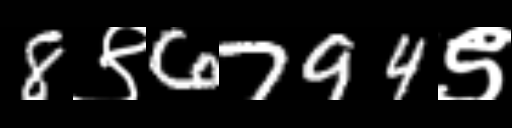
Text: 8९6794९